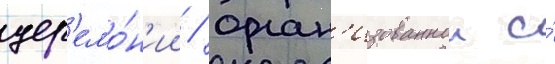
цер'емо́н'ии / орган'изованнои и́